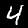
Digit: 4